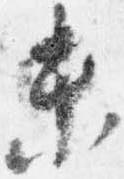
末